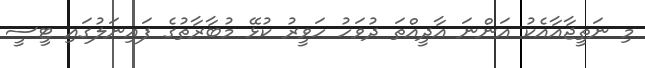
މި ނަތީޖާއާއެކު އަންނަ އާދީއްތަ ދުވަހު ހަވީރު ކުޅޭ މުބާރާތުގެ ފައިނަލުގައި ޓީސީ